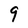
Character: 9